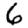
Digit: 6